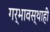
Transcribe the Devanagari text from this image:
गर्भावस्थाही